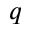
q